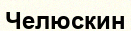
Челюскин